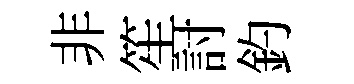
非笙討釣